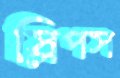
স্লিপস